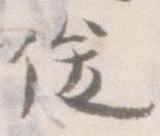
俊